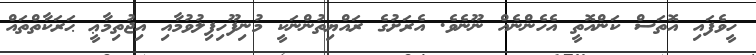
ހީވެފައި އޮތަސް ކަންއޮތީ އެހެންނެއް ނޫނެވެ. އެރަށުގެ ރައްޔިތުންނަކީ މުނިފޫހިފިލުވުމާއި އިޖުތިމާޢީ ޙަރަކާތްތައް